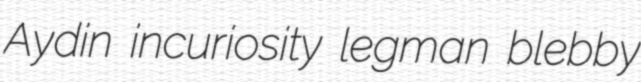
Aydin incuriosity legman blebby